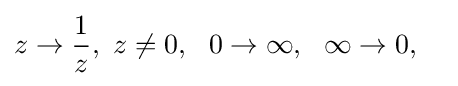
z\rightarrow \displaystyle {\frac {1}{z}},\ z\neq 0,\ \ 0\rightarrow \infty ,\ \ \infty \rightarrow 0,\quad